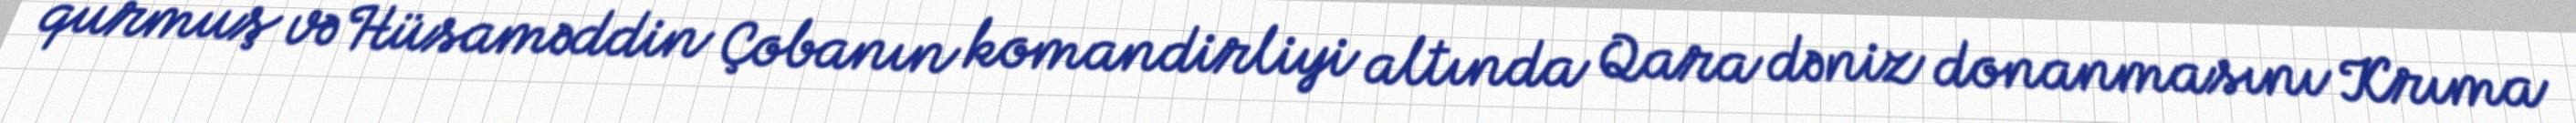
qurmuş və Hüsaməddin Çobanın komandirliyi altında Qara dəniz donanmasını Krıma